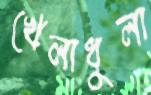
খেলাধুলা